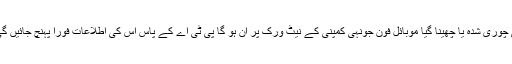
انہوں نے کہا کہ ڈی آئی آر بی ایس کے ذریعے کوئی چوری شدہ یا چھینا گیا موبائل فون جونہی کمپنی کے نیٹ ورک پر آن ہو گا پی ٹی اے کے پاس اس کی اطلاعات فوراً پہنچ جائیں گی، ایسے سیٹوں کو فوری طور پر بند کر دیا جائے گا۔